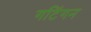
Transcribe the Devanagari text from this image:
गटिंगन